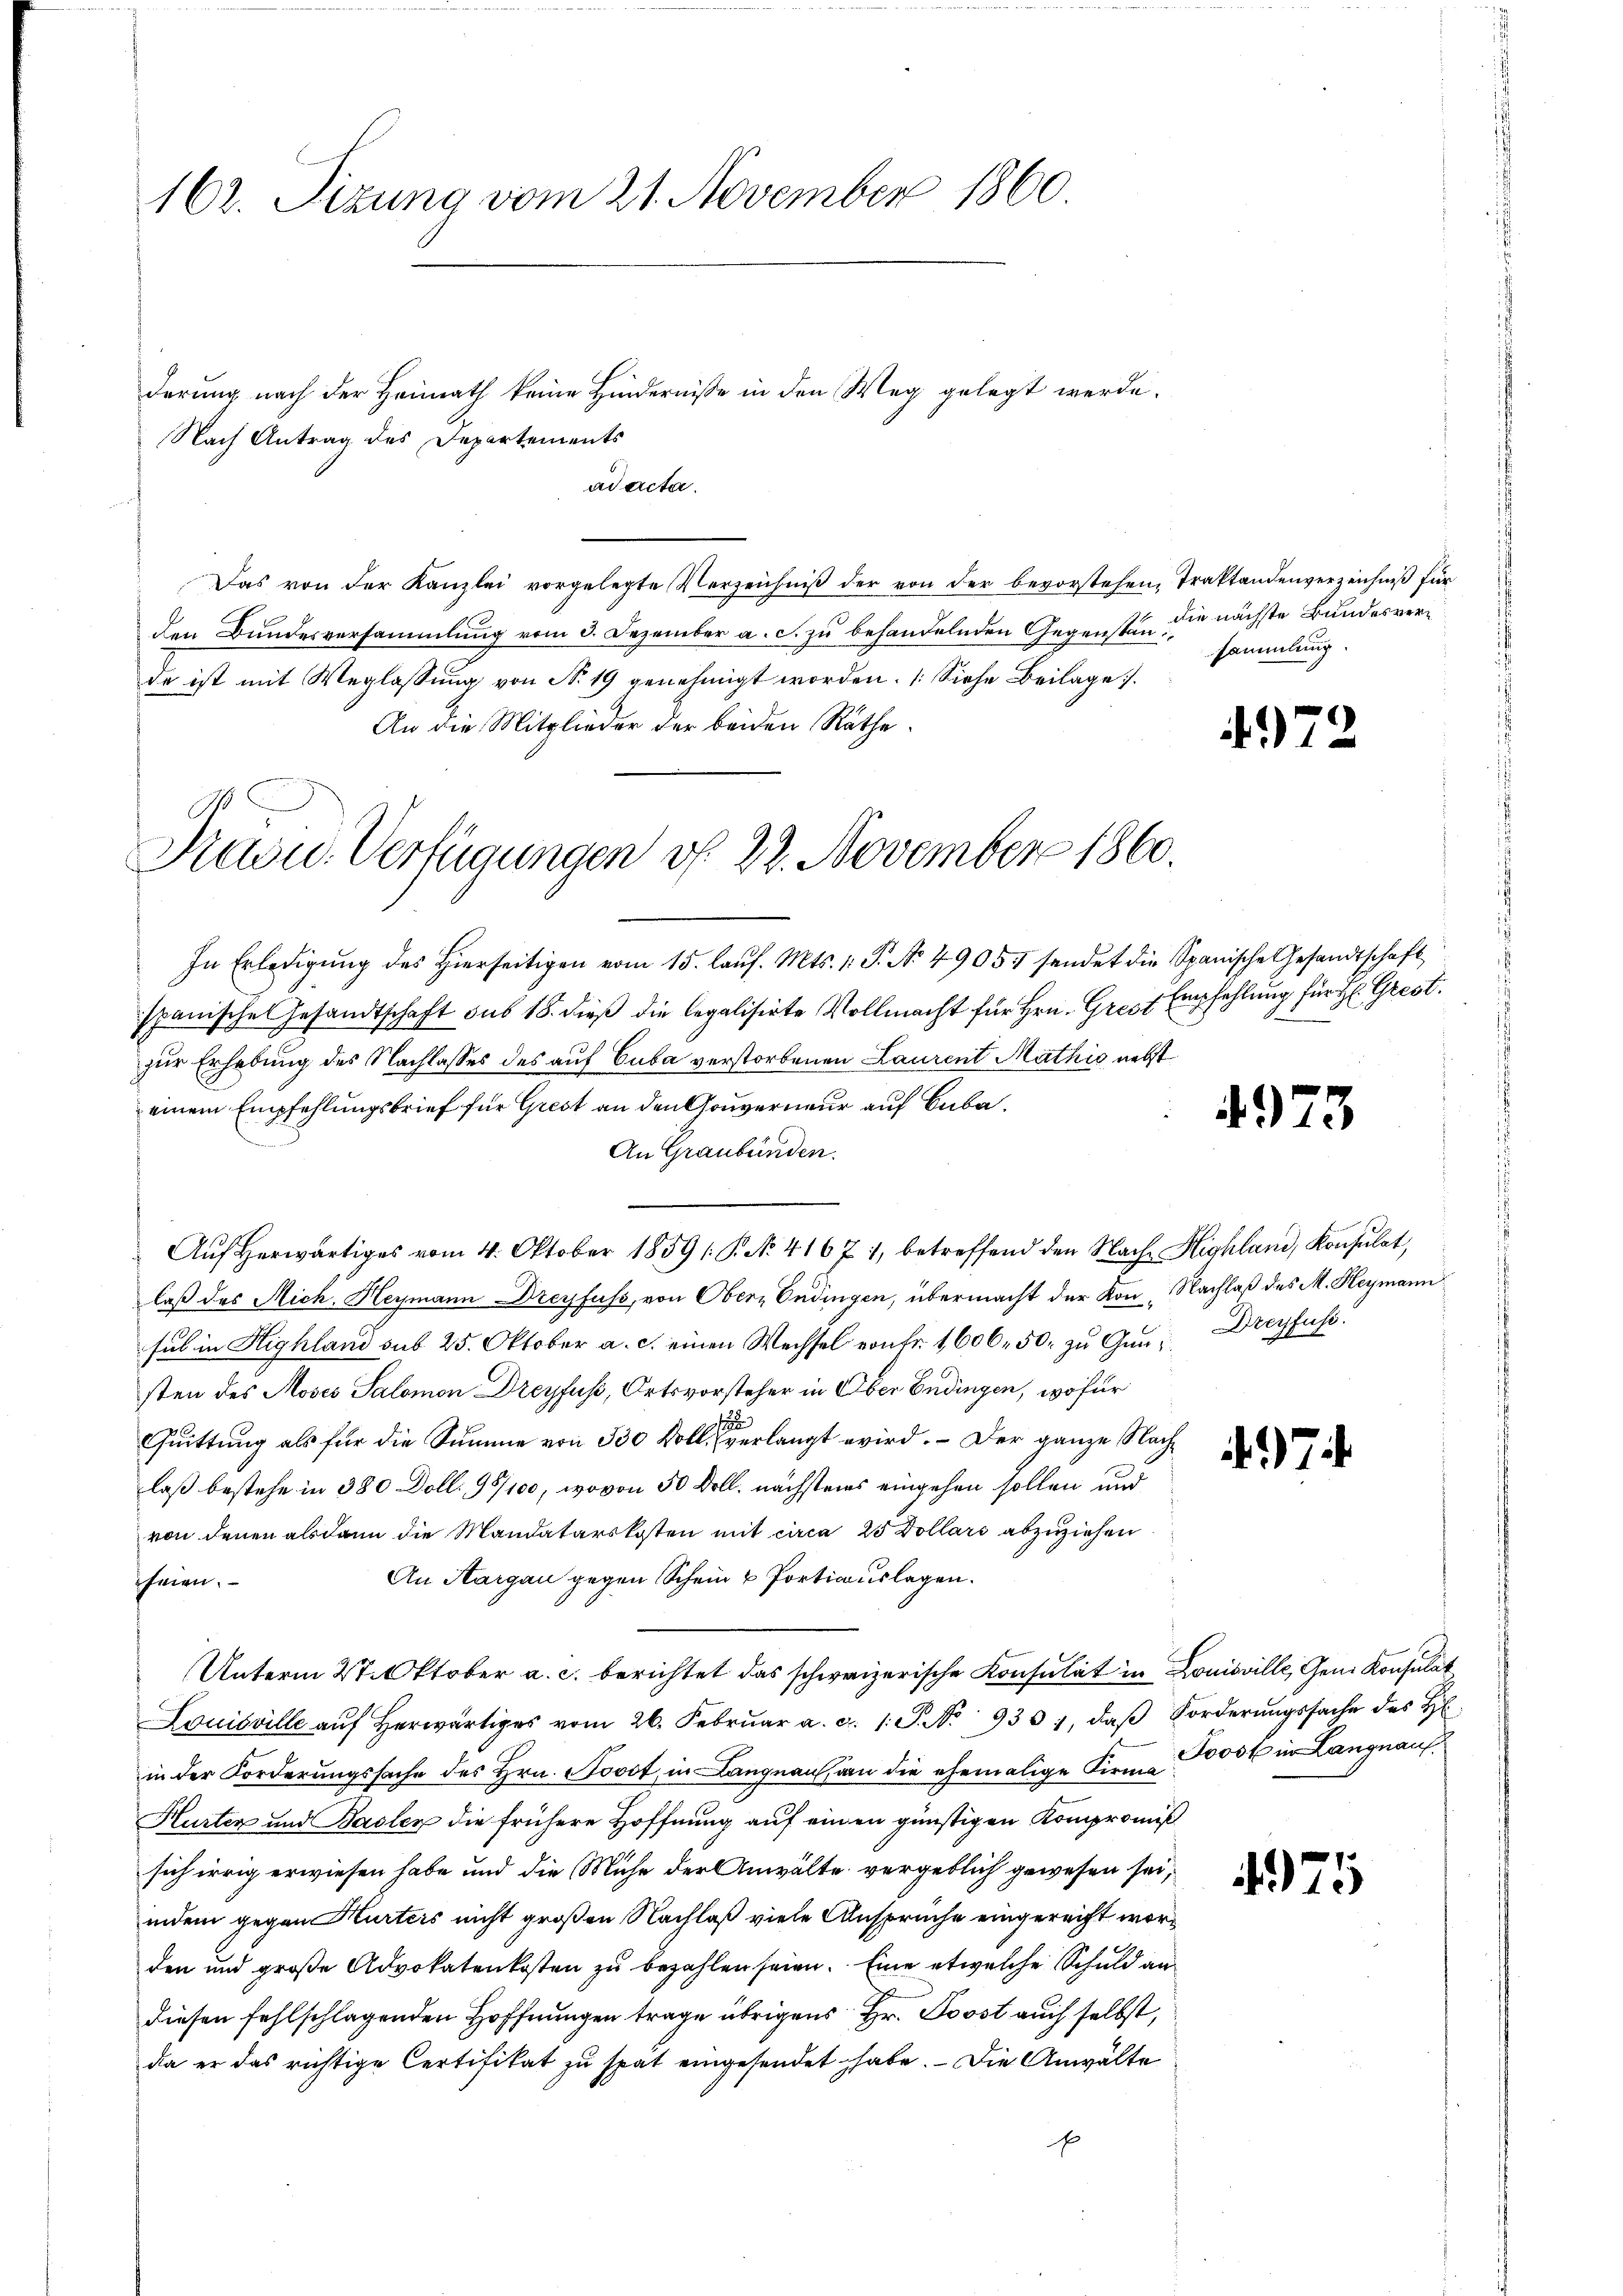
162. Sizung vom 21. November 1860.

derung nach der Heimath keine Hindernisse in den Weg gelegt werde.
Nach Antrag des Departements
ad acta.
Das von der Kanzlei vorgelegte Verzeichniβ der von der bevorstehen, Traktandenverzeichniß für
den Bundesversammlung vom 3. Dezember a. c. zu behandelnden Gegenstände ist mit Weglassŭng von N. 19 genehmigt worden. (Siehe Beilage.
An die Mitglieder der beiden Räthe.
In Erledigŭng des hierseitigen vom 15. laŭf. Mts. 1. P. Nr. 49054 sendet die Spanische Gesandtschaft
spanische Gesandtschaft sub 18. dieß die legalisirte Vollmacht für Hrn. Gres Empfehlung für H. Grest
zur Erhebung des Nachlasses des auf Cuba verstorbenen Laurent Mathis nebst
einem Empfehlungsbrief für Grest an den Gouverneur auf Cuba¬
An Graubünden.
Aŭf herwärtiges vom 4. Oktober 1859 (P. No. 41671, betreffend den Nach Highland, Konsulat,
laß das Mich. Heymann Dreyfuss, von Obern Endingen, übermacht der Kon Nachlaß des M. Heymann
sul in Highland sub 25. Oktober a. c. einen Wechsel von Fr. 1606. 50. zu Gun- Dreyfusi
sten des Moses Salomon Dreyfus, Ortsvorsteher in Über Endingen, wofür
Quittung als für die Summe von 530 Kolle verlangt wird. - Der ganze Nachlaß bestehe in 380 Doll. 95/100, wovon 50 Doll. nächstens eingehen sollen und
von denen alsdann die Mandatarskosten mit circa 25 Dollars abzuziehen
An Aargau gegen Schein & Portiauslagen.
teien.
Unterm 27. Oktober a. c. berichtet das schweizerische Konsulat in Louisville, Geni Konsulat
Louisville aŭf herwärtiges vom 26. Febrŭar a. c. 1 S. No. 930, daβ Forderŭngssache des H.
in der Forderungssache des Hrn. Sooot, in Langnau an die ehemalige Firma 000 M in Langnauf
Hurten und Basler die frühere Hoffnung auf einen günstigen Kompromiß
sich irrig erwiesen habe und die Mühe der Anwälte vergeblich gewesen sei,
indem gegen Hurteis nicht großen Nachlaß viele Ansprüche eingereicht worden und große Advokatenkosten zu bezahlen seien. Eine etwelche Schuld an
diesen fehlschlagenden Hoffnungen trage übrigens Hr. Post auch selbst,
da er das richtige Certifikat zu spät eingesendet habe. Die Anwälte
x

Paou. Verfügungen vf. 22. November 1860.

die nächste Bundesversammlung.

4972

4973

474.

4975